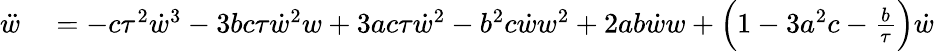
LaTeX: \begin{array}{rl}{\ddot{w}}&{{}=-c\tau^{2}\dot{w}^{3}-3bc\tau\dot{w}^{2}w+3ac\tau\dot{w}^{2}-b^{2}c\dot{w}w^{2}+2ab\dot{w}w+\Big(1-3a^{2}c-\frac{b}{\tau}\Big)\dot{w}}\end{array}